Document type: Acquittal of debt
Year: 1424
Scribe: Francesc de Casanoves
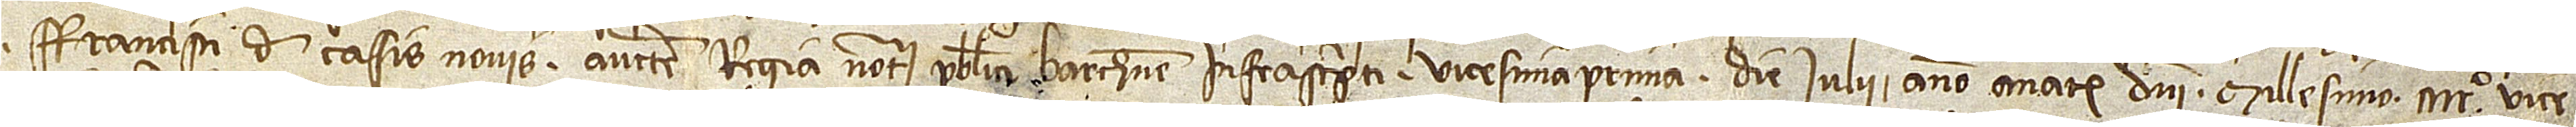
Francisci de Casis Novis, auctoritate regia notarii publici Barchinone, infrascripti, vicesima prima die iulii, anno a Nativitate Domini millesimo CCCCº vice-